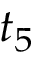
t _ { 5 }